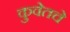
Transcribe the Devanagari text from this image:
कुवेतचे